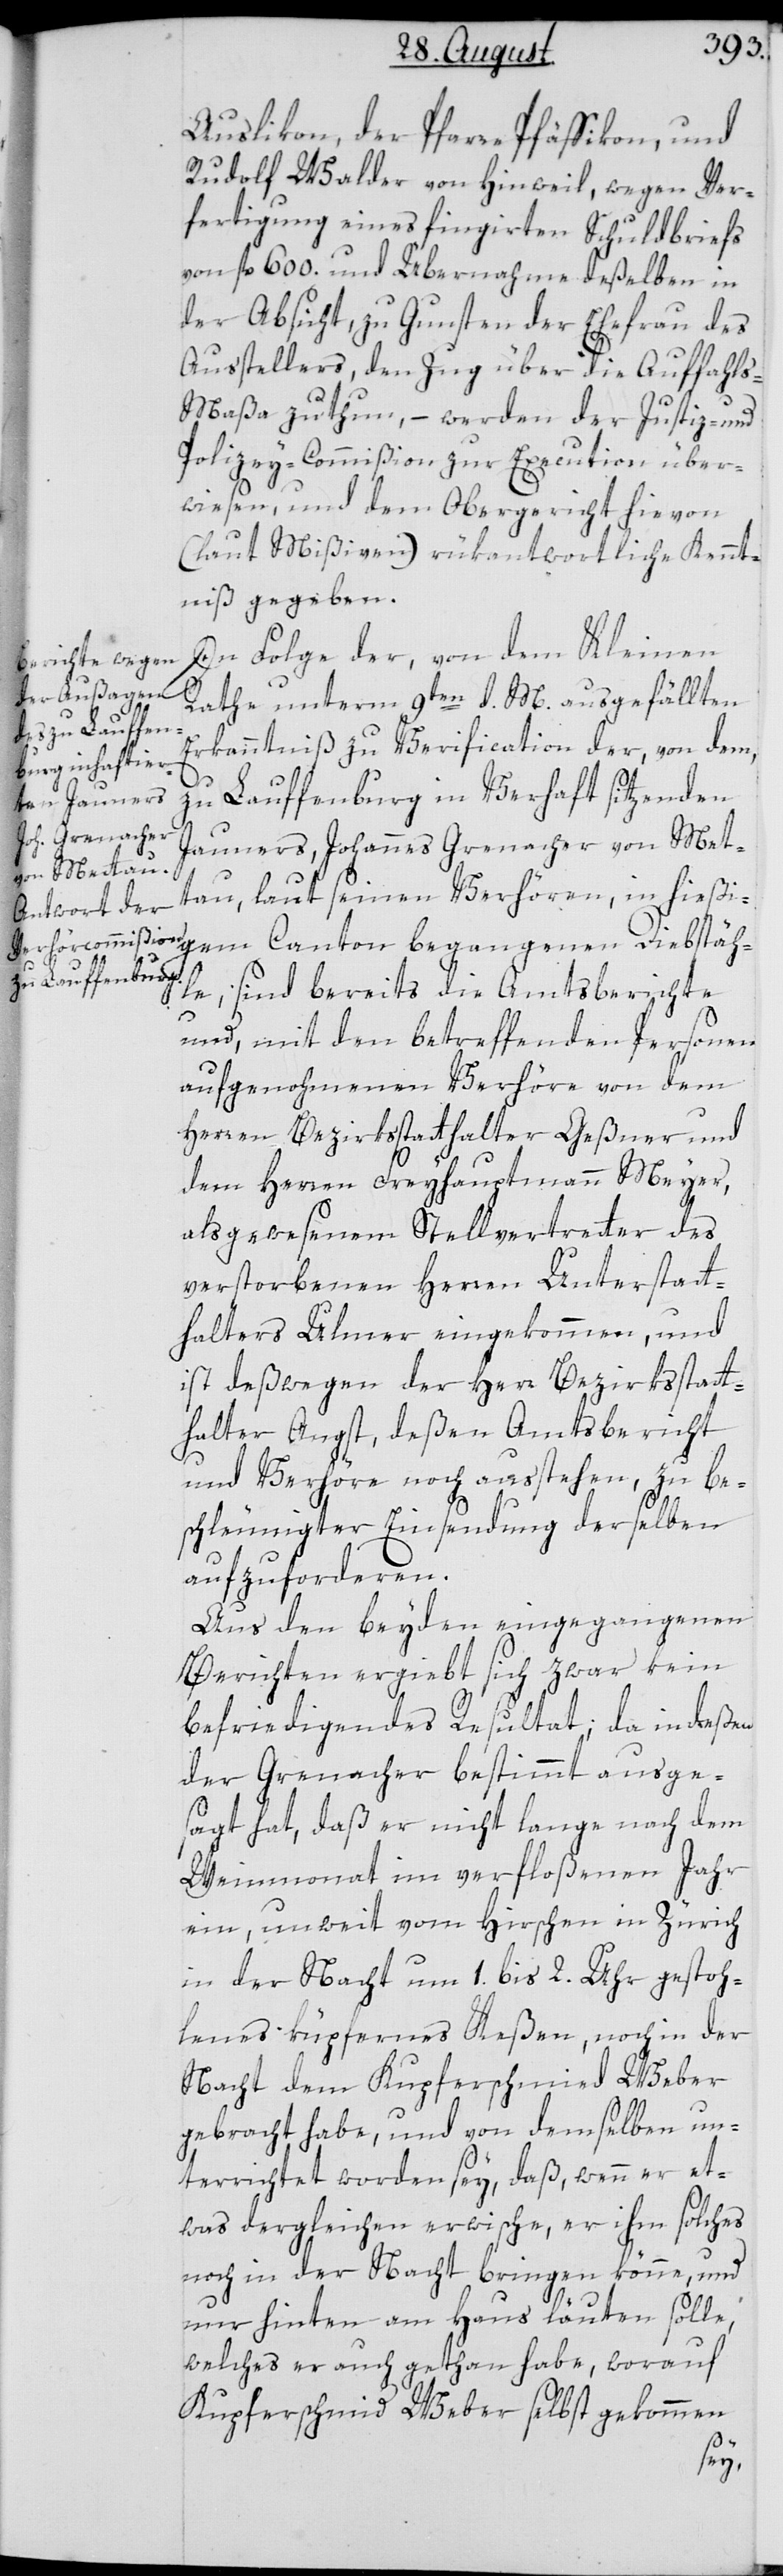
Auslikon, der Pfarre Pfäffikon, und
Rudolf Walder von Hinweil, wegen Ver¬
fertigung eines fingierten Schuldbriefs
von fl. 600. und Übernahme deßelben in
der Absicht, zu Gunsten der Ehefrau des
Ausstellers, den Zug über die Auffahl¬
s-Maßa zu thun, – werden der Justiz- und
Polizeycommißion zur Execution über¬
wiesen, und dem Obergericht hievon
(laut Mißiven) rükantwortliche Kennt¬
niß gegeben.
In Folge der, von dem Kleinen
Rathe unterm 9ten d. M. ausgefällten
Erkanntniß zu Verification der, von dem
zu Lauffenburg in Verhaft sitzenden
Jauners, Johannes Grenacher von Met¬
tau, laut seinen Verhören, in hießi¬
gem Canton begangenen Diebstähl¬
e, sind bereits die Amtsberichte
und mit den betreffenden Personen
aufgenohmenen Verhöre von dem
Herren Bezirksstatthalter Geßner und
dem Herren Freihauptmann Meyer,
als gewesenem Stellvertretter des
verstorbenen Herren Unterstatt¬
halters Ulmer eingekommen, und
ist deßwegen der Herr Bezirksstatt¬
halter Angst, deßen Amtsbericht
und Verhöre noch ausstehen, zu be¬
schleunigter Einsendung derselben
aufzuforderen.
Aus den beyden eingegangenen
Berichten ergiebt sich zwar kein
befriedigendes Resultat; da indeßen
der Grenacher bestimmt ausge¬
sagt hat, daß er nicht lange nach dem
Weinmonat im verfloßenen Jahr
ein, unweit vom Hirschen in Zürich
in der Nacht um 1. bis 2. Uhr gestoh¬
lenes küpfernes Keßen, noch in der
Nacht dem Kupferschmied Weber
gebracht habe, und von demselben un¬
terrichtet worden sey, daß, wenn er et¬
was dergleichen erwische, er ihm solches
noch in der Nacht bringen könne, und
nur hinten am Haus läuten solle,
welches er auch gethan habe, worauf
Kupferschmied Weber selbst gekommen